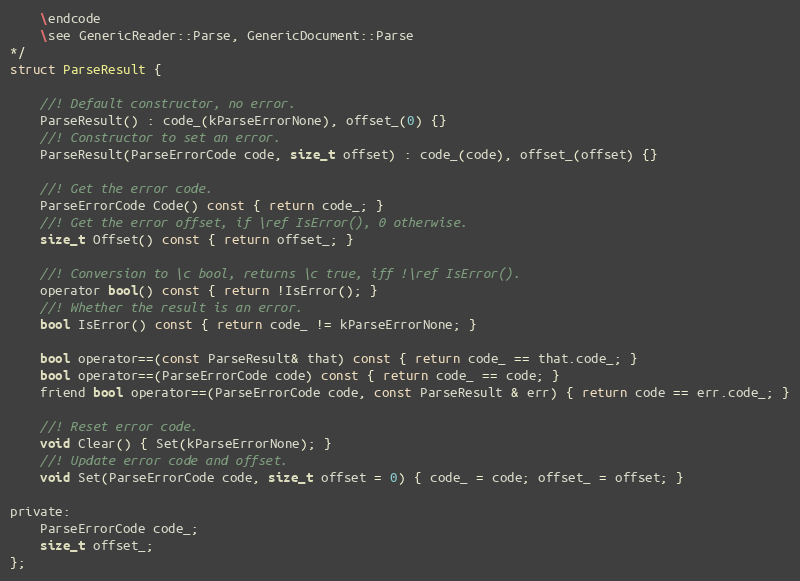
Language: C
    \endcode
    \see GenericReader::Parse, GenericDocument::Parse
*/
struct ParseResult {

    //! Default constructor, no error.
    ParseResult() : code_(kParseErrorNone), offset_(0) {}
    //! Constructor to set an error.
    ParseResult(ParseErrorCode code, size_t offset) : code_(code), offset_(offset) {}

    //! Get the error code.
    ParseErrorCode Code() const { return code_; }
    //! Get the error offset, if \ref IsError(), 0 otherwise.
    size_t Offset() const { return offset_; }

    //! Conversion to \c bool, returns \c true, iff !\ref IsError().
    operator bool() const { return !IsError(); }
    //! Whether the result is an error.
    bool IsError() const { return code_ != kParseErrorNone; }

    bool operator==(const ParseResult& that) const { return code_ == that.code_; }
    bool operator==(ParseErrorCode code) const { return code_ == code; }
    friend bool operator==(ParseErrorCode code, const ParseResult & err) { return code == err.code_; }

    //! Reset error code.
    void Clear() { Set(kParseErrorNone); }
    //! Update error code and offset.
    void Set(ParseErrorCode code, size_t offset = 0) { code_ = code; offset_ = offset; }

private:
    ParseErrorCode code_;
    size_t offset_;
};